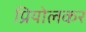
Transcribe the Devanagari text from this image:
प्रियोलकर